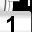
Digit: 1